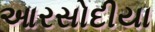
આરસોદીયા